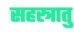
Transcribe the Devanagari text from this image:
सहस्त्रातु